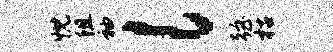
忱阻袖l强枯